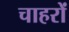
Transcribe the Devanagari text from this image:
चाहरों